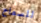
للسماح